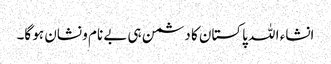
انشاء ا للہ پاکستان کا دشمن ہی بے نام و نشان ہو گا۔